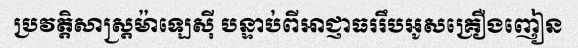
ប្រវត្តិសាស្ត្រម៉ាឡេស៊ី បន្ទាប់ពីអាជ្ញាធររឹបអូសគ្រឿងញៀន